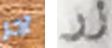
آخر زر